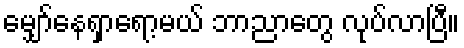
မျှော်နေရှာရော့မယ် ဘာညာတွေ လုပ်လာပြီ။